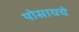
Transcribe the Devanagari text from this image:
पोसायचे